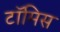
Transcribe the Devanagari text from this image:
टॉमिस